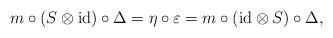
LaTeX: \begin{align*} m\circ (S\otimes \mbox{id})\circ\Delta = \eta\circ\varepsilon= m\circ(\mbox{id} \otimes S)\circ\Delta,\end{align*}